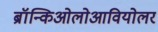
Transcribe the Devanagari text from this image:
ब्रॉन्किओलोआवियोलर